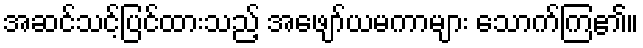
အဆင်သင့်ပြင်ထားသည့် အဖျော်ယမကာများ သောက်ကြ၏။